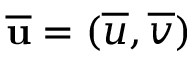
\overline { { \mathbf { u } } } = ( \overline { { u } } , \overline { { v } } )